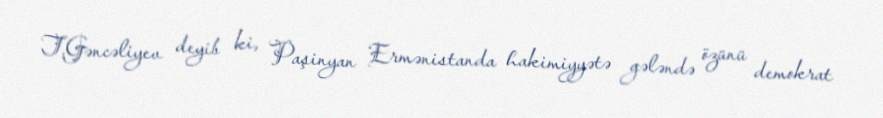
T.Gəncəliyev deyib ki, Paşinyan Ermənistanda hakimiyyətə gələndə özünü demokrat